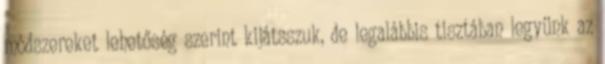
módszereket lehetőség szerint kijátsszuk, de legalábbis tisztában legyünk az